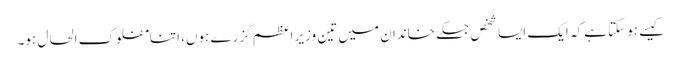
کیسے ہوسکتا ہے کہ ایک ایسا شخص جسکے خاندان میں تین وزیراعظم گزرے ہوں، اتنامفلوک الحال ہو۔